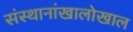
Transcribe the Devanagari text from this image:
संस्थानांखालोखाल